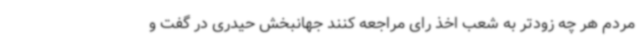
مردم هر چه زودتر به شعب اخذ رای مراجعه کنند جهانبخش حیدری در گفت و